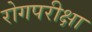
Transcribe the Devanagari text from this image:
रोगपरीक्षा